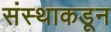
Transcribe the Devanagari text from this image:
संस्थाकडून